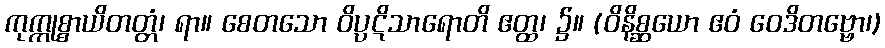
ကုက္ကုစ္စာယိတတ္တံ၊ ရာ။ စေတသော ဝိပ္ပဋိသာရောတိ ဧတ္ထ၊ ၌။ (ဝိနိစ္ဆယော ဧဝံ ဝေဒိတဗ္ဗော၊)